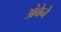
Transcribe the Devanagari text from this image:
अंबेने